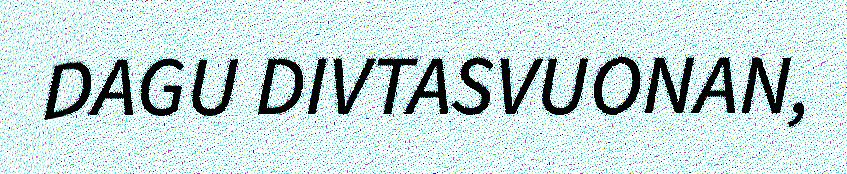
DAGU DIVTASVUONAN,